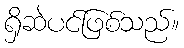
ရှိဆဲပင်ဖြစ်သည်။